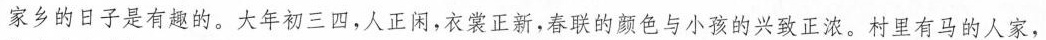
家乡的日子是有趣的。大年初三四，人正闲，衣裳正新，春联的颜色与小孩的兴致正浓。村里有马的人家，